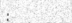
: